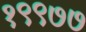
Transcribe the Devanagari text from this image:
१९९७७